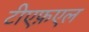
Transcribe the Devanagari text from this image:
टीएफ़एल